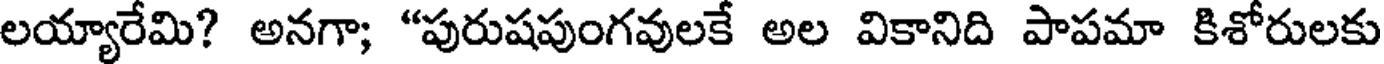
లయ్యారేమి? అనగా; "పురుషపుంగవులకే అల వికానిది పాపమా కిశోరులకు